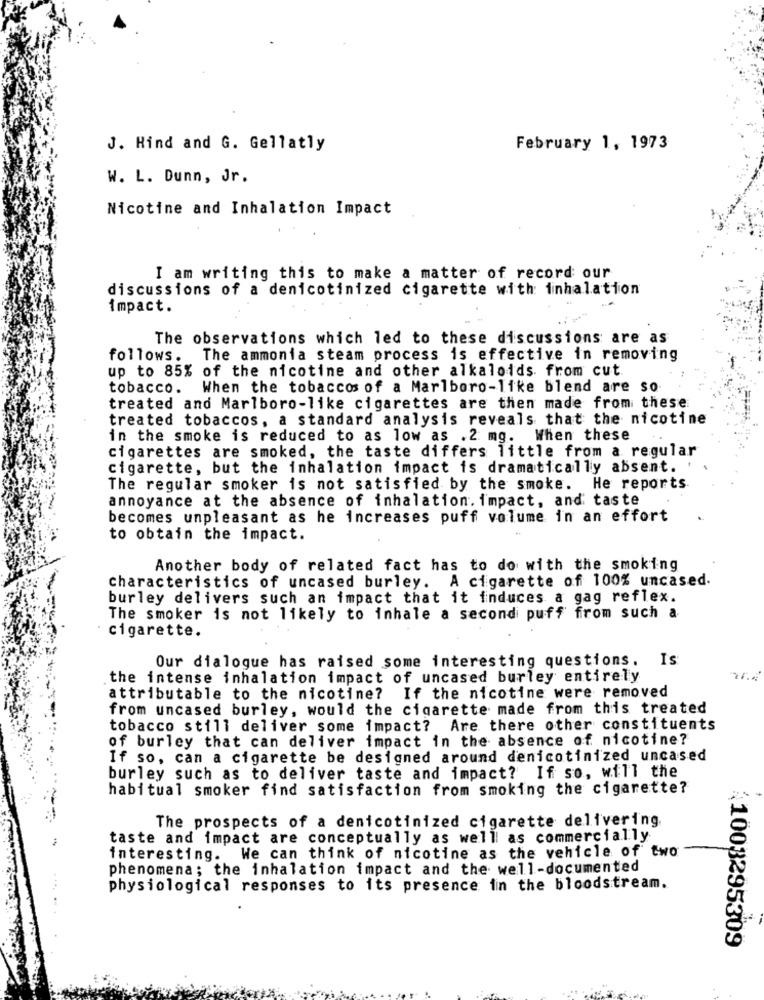
J. Hind and G. Gellatly
February 1, 1973
W. L. Dunn, Jr.
Nicotine and Inhalation Impact
I am writing this to make a matter of record our
discussions of a denicotinized cigarette with inhalation
impact.
The observations which led to these discussions are as
follows. The ammonia steam process is effective in removing
up to 85% of the nicotine and other alkaloids from cut.
tobacco.
When the tobaccos of a Marlboro-like blend are so
treated and Marlboro-like cigarettes are then made from these
treated tobaccos, a standard analysis reveals that the nicotine
in the smoke is reduced to as low as .2 mg. When these
cigarettes are smoked, the taste differs little from a regular
cigarette, but the inhalation impact is dramatically absent. '
The regular smoker is not satisfied by the smoke. He reports
annoyance at the absence of inhalation. impact, and taste
becomes unpleasant as he increases puff volume in an effort
to obtain the impact.
Another body of related fact has to do with the smoking
characteristics of uncased burley. A cigarette of 100% uncased.
burley delivers such an impact that it induces a gag reflex.
The smoker is not likely to inhale a second puff from such a
cigarette.
Our dialogue has raised some interesting questions. Is
the intense inhalation impact of uncased burley entirely
attributable to the nicotine? If the nicotine were removed
from uncased burley, would the cigarette made from this treated
tobacco still deliver some impact? Are there other constituents
of burley that can deliver impact in the absence of nicotine?
If so, can a cigarette be designed around denicotinized uncased
burley such as to deliver taste and impact? If so, will the
habitual smoker find satisfaction from smoking the cigarette?
The prospects of a denicotinized cigarette delivering.
taste and impact are conceptually as well as commercially
interesting. We can think of nicotine as the vehicle of two
phenomena; the inhalation impact and the well-documented
physiological responses to its presence in the bloodstream.
41003295309